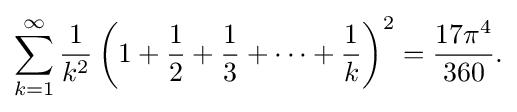
{\begin{aligned}\sum _{k=1}^{\infty }{\frac {1}{k^{2}}}\left(1+{\frac {1}{2}}+{\frac {1}{3}}+\cdots +{\frac {1}{k}}\right)^{2}={\frac {17\pi ^{4}}{360}}.\end{aligned}}